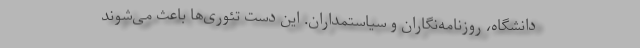
دانشگاه، روزنامه‌نگاران و سیاستمداران. این دست تئوری‌ها باعث می‌شوند